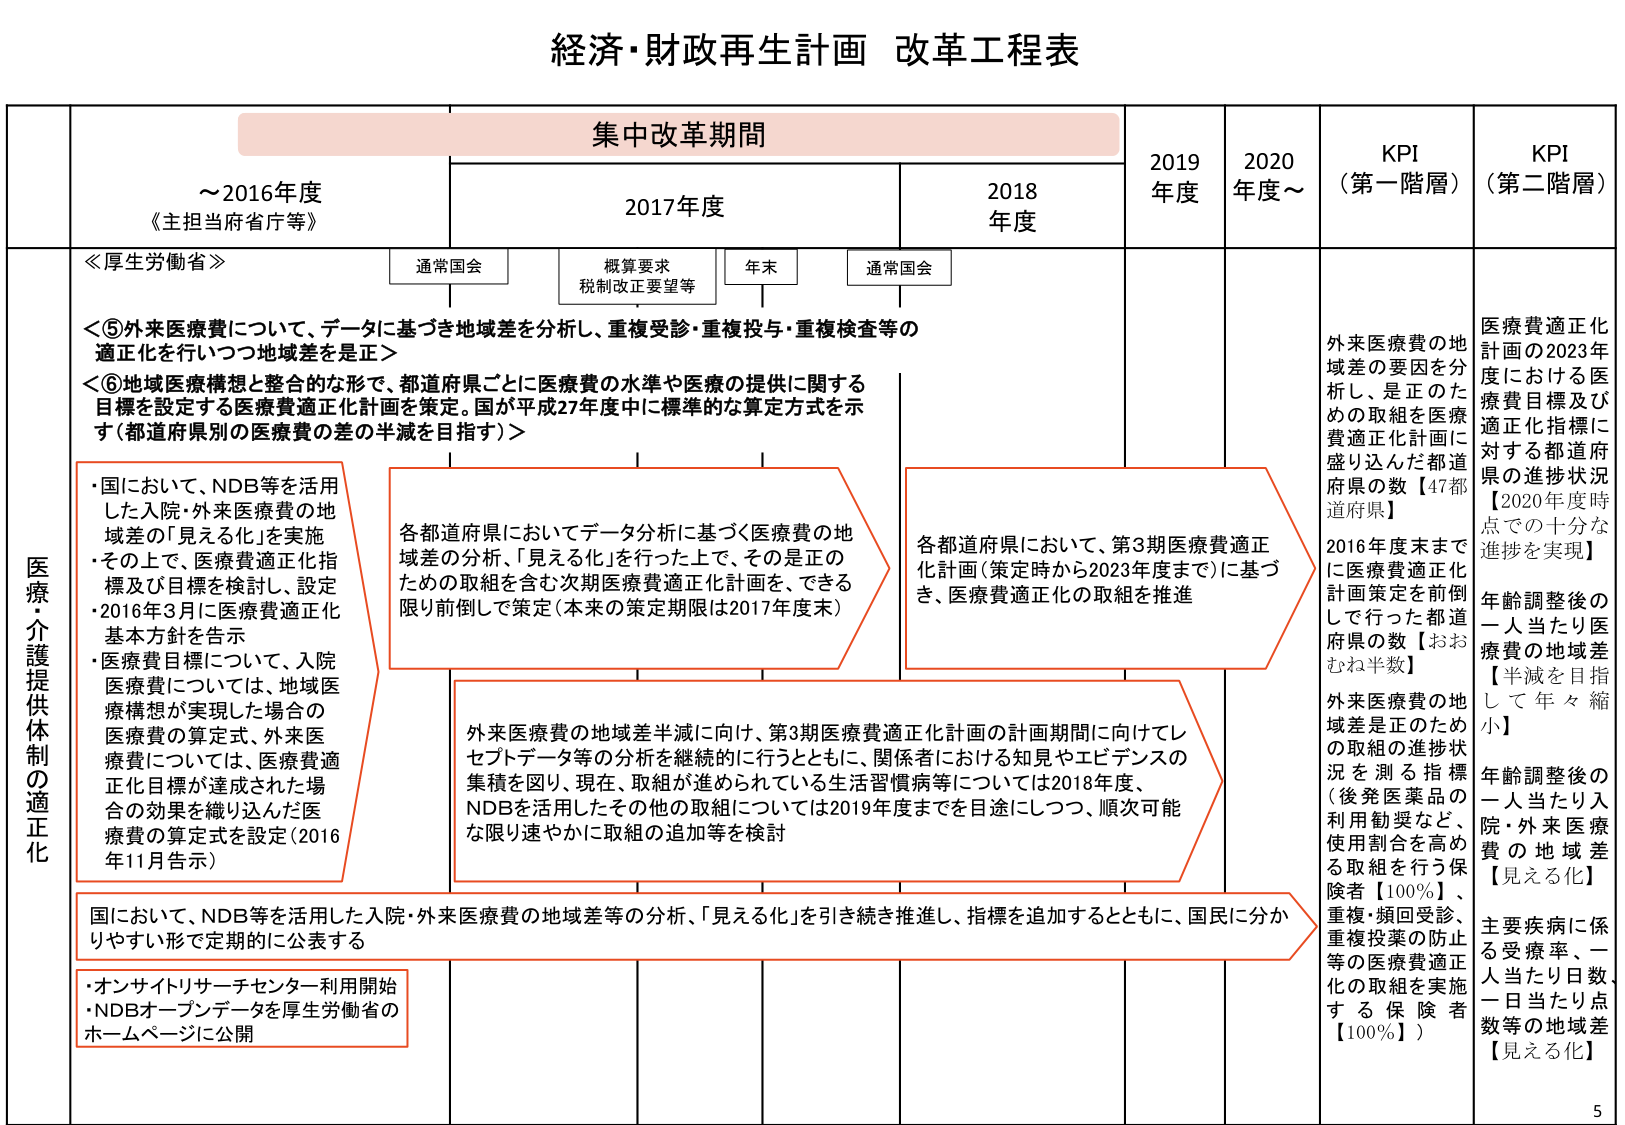
経済・財政再生計画 改革工程表

集中改革期間

～2016年度
《主担当府省庁等》

2017年度
通常国会
概算要求
税制改正要望等
年末
通常国会

2018年度

2019年度

2020年度～

KPI（第一階層）

KPI（第二階層）

≪厚生労働省≫

＜⑤外来医療費について、データに基づき地域差を分析し、重複受診・重複投与・重複検査等の適正化を行い地域差を是正＞
＜⑥地域医療構想と整合的な形で、都道府県ごとに医療費の水準や医療の提供に関する目標を設定する医療費適正化計画を策定。国が平成27年度中に標準的な算定方式を示す（都道府県別の医療費の差の半減を目指す）＞

医療・介護提供体制の適正化

・国において、NDB等を活用した入院・外来医療費の地域差の「見える化」を実施
・その上で、医療費適正化指標及び目標を検討し、設定
・2016年3月に医療費適正化基本方針を告示
・医療費目標について、入院医療費については、地域医療構想が実現した場合の医療費の算定式、外来医療費については、医療費適正化目標が達成された場合の効果を織り込んだ医療費の算定式を設定（2016年11月告示）

各都道府県においてデータ分析に基づく医療費の地域差の分析、「見える化」を行った上で、その是正のための取組を含む次期医療費適正化計画を、できる限り前倒しして策定（本来の策定期限は2017年度末）

各都道府県において、第3期医療費適正化計画（策定時から2023年度まで）に基づき、医療費適正化の取組を推進

外来医療費の地域差半減に向け、第3期医療費適正化計画の計画期間に向けてレセプトデータ等の分析を継続的に行うとともに、関係者における知見やエビデンスの集積を図り、現在、取組が進められている生活習慣病等については2018年度、NDBを活用したその他の取組については2019年度までを目途にしつつ、順次可能な限り速やかに取組の追加等を検討

国において、NDB等を活用した入院・外来医療費の地域差等の分析、「見える化」を引き続き推進し、指標を追加するとともに、国民に分かりやすい形で定期的に公表する

・オンサイトリサーチセンター利用開始
・NDBオープンデータを厚生労働省のホームページに公開

外来医療費の地域差の要因を分析し、是正のための取組を医療費適正化計画に盛り込んだ都道府県の数【47都道府県】
2016年度末までに医療費適正化計画策定を前倒しで行った都道府県の数【おおむね半数】
外来医療費の地域差是正のための取組の進捗状況を測る指標（後発医薬品の利用勧奨など、使用割合を高める取組を行う保険者【100％】、重複・頻回受診、重複投薬の防止等の医療費適正化の取組を実施する保険者【100％】）

医療費適正化計画の2023年度における医療費目標及び適正化指標に対する都道府県の進捗状況【2020年度時点での十分な進捗を実現】
年齢調整後の一人当たり医療費の地域差【半減を目指して年々縮小】
年齢調整後の一人当たり入院・外来医療費の地域差【見える化】
主要疾病に係る受療率、一人当たり日数、一日当たり点数等の地域差【見える化】

5